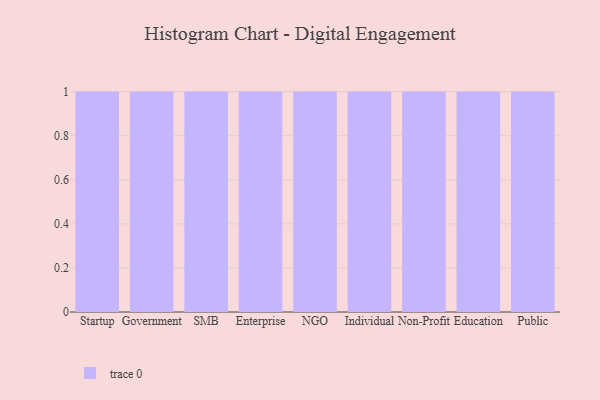
{"axis": {"x": "Segment", "y": "Population (Million)"}, "legend": [""], "data": [{"x": "Startup", "y": 85, "type": ""}, {"x": "Government", "y": 8, "type": ""}, {"x": "SMB", "y": 14, "type": ""}, {"x": "Enterprise", "y": 43, "type": ""}, {"x": "NGO", "y": 87, "type": ""}, {"x": "Individual", "y": 23, "type": ""}, {"x": "Non-Profit", "y": 46, "type": ""}, {"x": "Education", "y": 79, "type": ""}, {"x": "Public", "y": 59, "type": ""}]}